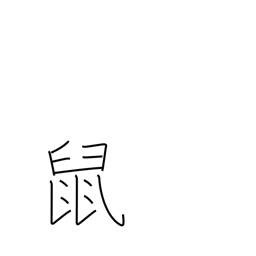
Meaning: rat